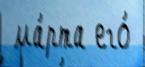
 ма́рта его́